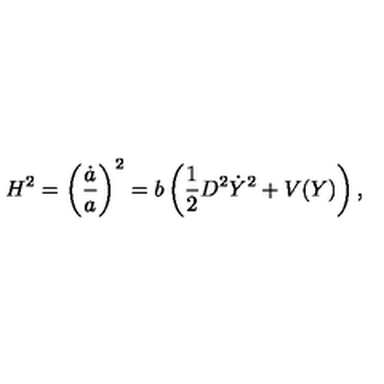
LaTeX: H ^ { 2 } = \left( { \frac { \dot { a } } { a } } \right) ^ { 2 } = b \left( { \frac { 1 } { 2 } } D ^ { 2 } \dot { Y } ^ { 2 } + V ( Y ) \right) ,